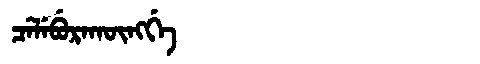
Manchu: ᠴᡝᠯᡝᠪᡠᡵᠠᡴᡡᠩᡤᡝ
Romanization: CELEBURAKŪNGGE